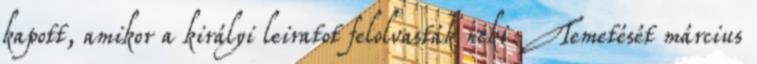
kapott, amikor a királyi leiratot felolvasták neki. Temetését március